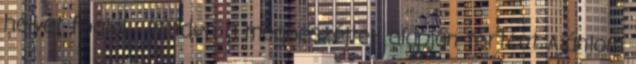
helyet foglal : Minden a megbeszéltek alapján történt Ajánlom